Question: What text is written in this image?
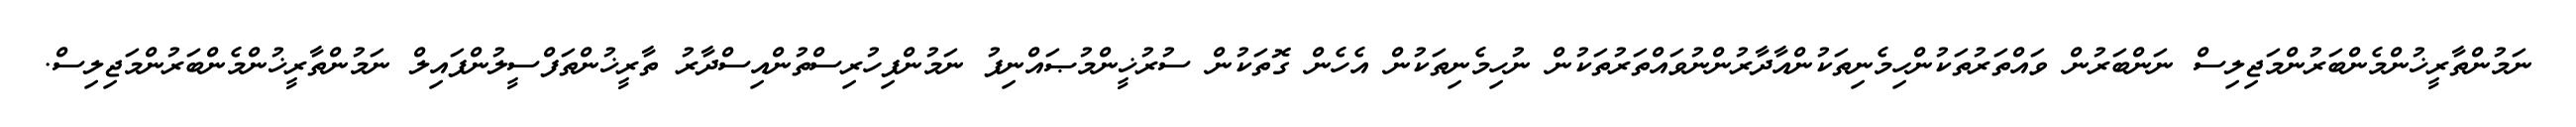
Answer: ނަމުންތާރީޚުންމެންބަރުންމަޖިލިސް ނަންބަރުން ވައްތަރުތަކުންހިމެނިތަކުންއާދާރުންނުވައްތަރުތަކުން ނުހިމެނިތަކުން އެހެން ގޮތަކުން ސުރުޚީންމުޞައްނިފު ނަމުންފިހުރިސްތުންއިސްދާރު ތާރީޚުންތަފްސީލުންފައިލް ނަމުންތާރީޚުންމެންބަރުންމަޖިލިސް.